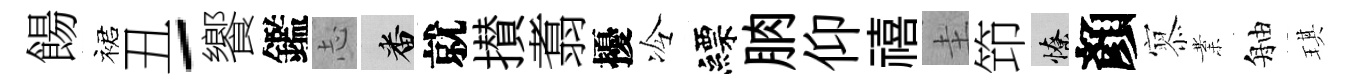
餳裙丑-饗鑑𢖽番就攅翥擾冷縹朒仰禧圭笻憭顏𡪹業舳琪